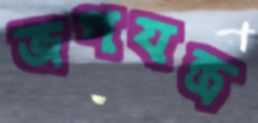
জপযন্ত্র